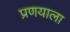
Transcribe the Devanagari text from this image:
प्रणयाला